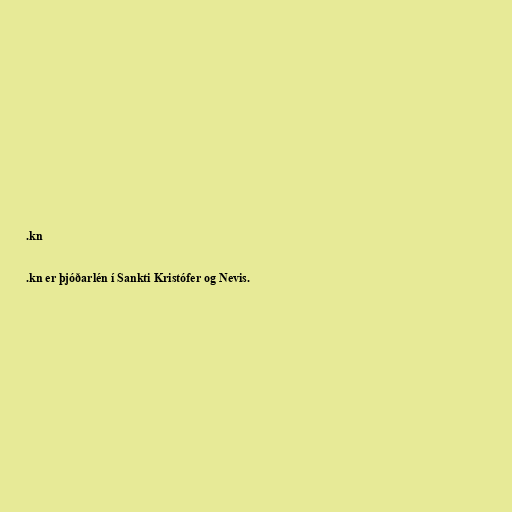
.kn

.kn er þjóðarlén í Sankti Kristófer og Nevis.